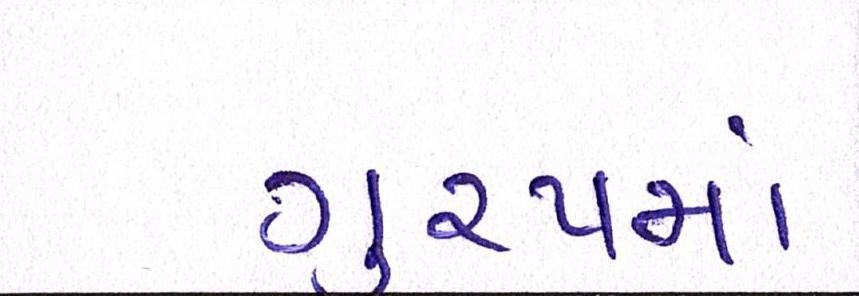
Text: ગુ્રપમાં